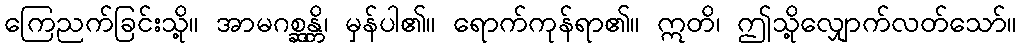
ကြေညက်ခြင်းသို့။ အာမဂစ္ဆန္တိ၊ မှန်ပါ၏။ ရောက်ကုန်ရာ၏။ ဣတိ၊ ဤသို့လျှောက်လတ်သော်။